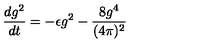
\frac { d g ^ { 2 } } { d t } = - \epsilon g ^ { 2 } - \frac { 8 g ^ { 4 } } { ( 4 \pi ) ^ { 2 } }